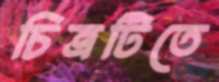
চিত্রটিতে